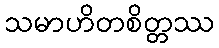
သမာဟိတစိတ္တဿ